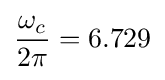
{\frac {\omega _{c}}{2\pi }}=6.729